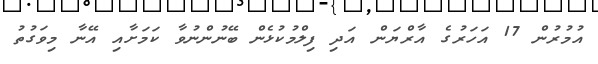
އުމުރުން 17 އަހަރުގެ އާރްޔަން އަދި ފިލްމުކުޅެން ބޭނުންނުވާ ކަމަށާއި އޭނާ މިވަގުތު